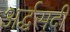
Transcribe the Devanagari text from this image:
अर्द्धसदी